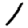
Digit: 1